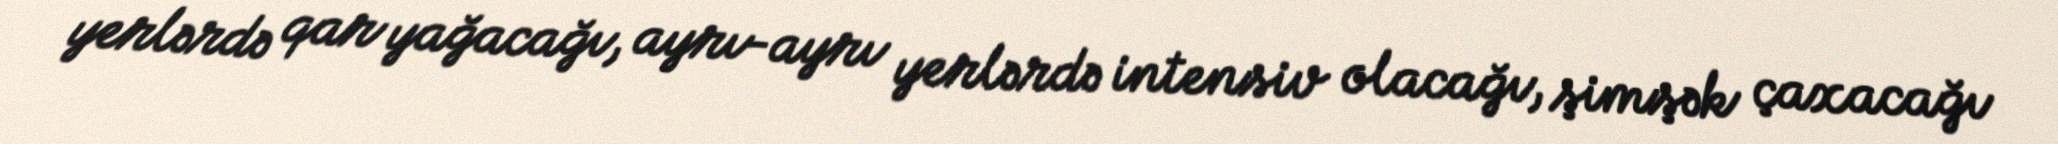
yerlərdə qar yağacağı, ayrı-ayrı yerlərdə intensiv olacağı, şimşək çaxacağı